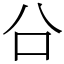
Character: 㕣